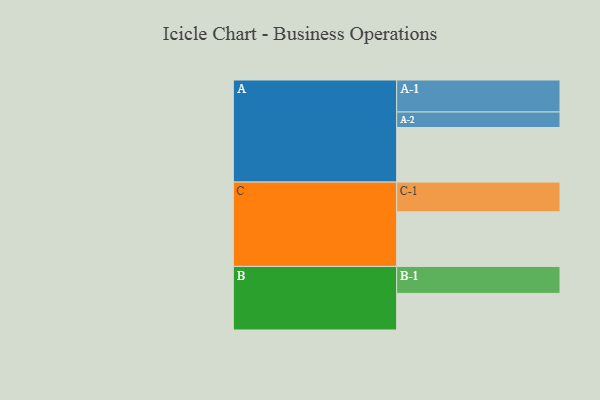
{"axis": {"x": "Segment", "y": "Value"}, "legend": ["", "A", "B", "C"], "data": [{"x": "A", "y": 486, "type": ""}, {"x": "B", "y": 326, "type": ""}, {"x": "C", "y": 486, "type": ""}, {"x": "A-1", "y": 285, "type": "A"}, {"x": "A-2", "y": 138, "type": "A"}, {"x": "B-1", "y": 240, "type": "B"}, {"x": "C-1", "y": 265, "type": "C"}]}